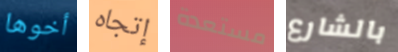
أخوها إتجاه مستعدة بالشارع